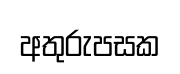
අතුරුපසක